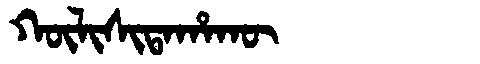
Manchu: ᡴᡡᠯᡳᠰᡳᡨᠠᡥᠠᡴᡡ
Romanization: KŪLISITAHAKŪ